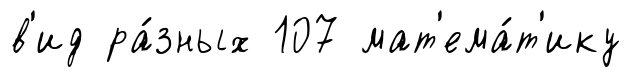
в'ид ра́зных 107 мат'ема́т'ику